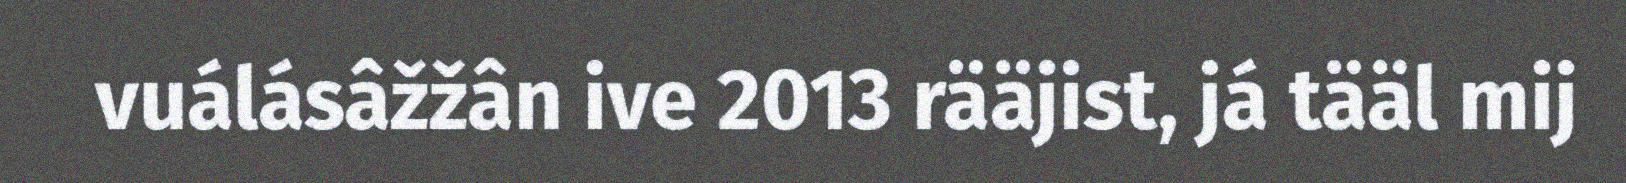
vuálásâžžân ive 2013 rääjist, já tääl mij